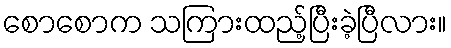
စောစောက သကြားထည့်ပြီးခဲ့ပြီလား။